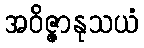
အဝိဇ္ဇာနုသယံ